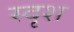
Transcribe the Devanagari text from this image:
स्दृश